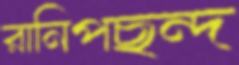
রানিপছন্দ